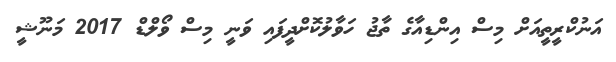
އަނުކްރީތީއަށް މިސް އިންޑިއާގެ ތާޖު ހަވާލުކޮށްދީފައި ވަނީ މިސް ވޯލްޑް 2017 މަނޫޝީ